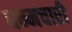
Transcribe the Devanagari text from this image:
धम्मचारी